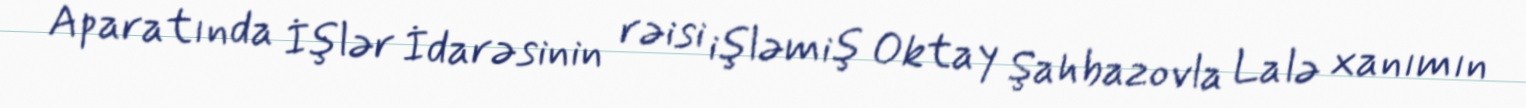
Aparatında İşlər İdarəsinin rəisi işləmiş Oktay Şahbazovla Lalə xanımın